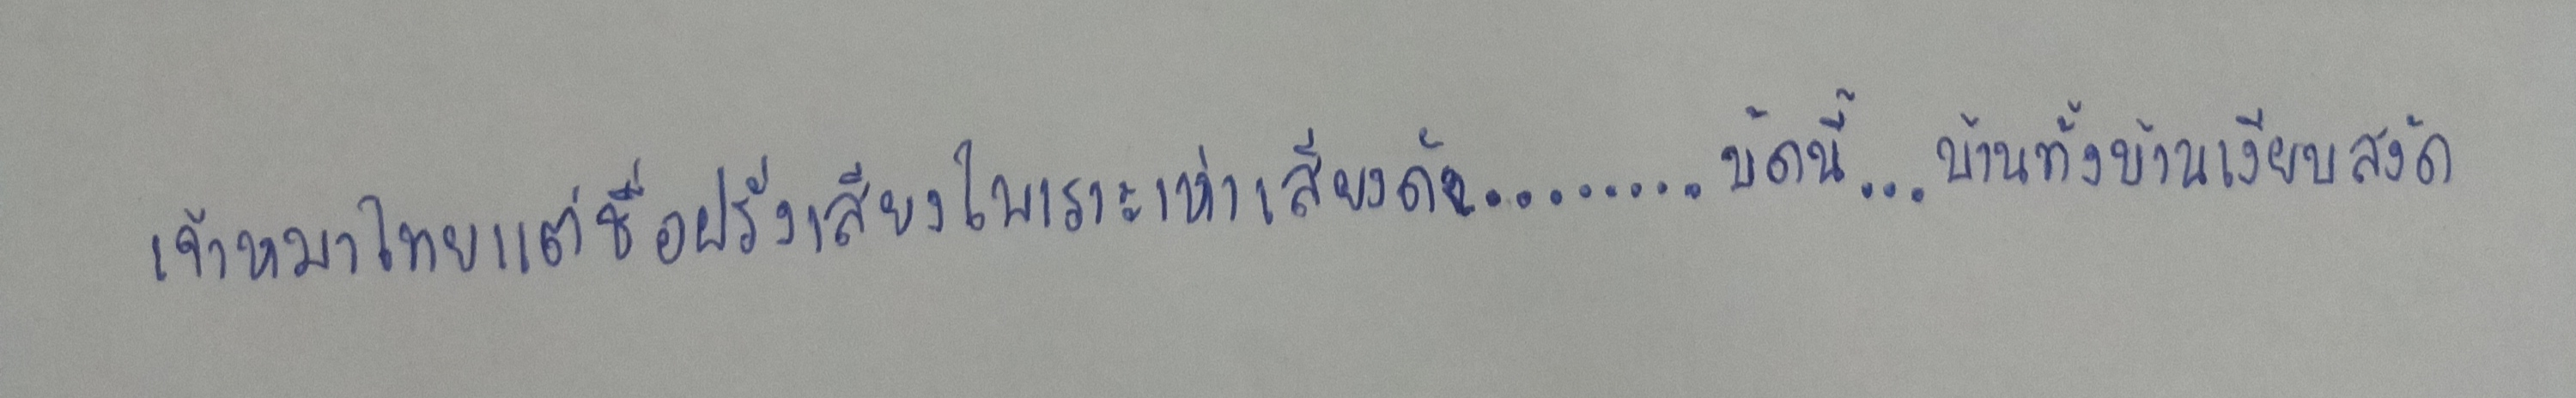
เจ้าหมาไทยแต่ชื่อฝรั่งเสียงไพเราะเห่าเสียงดัง........บัดนี้....บ้านทั้งบ้านเงียบสงัด